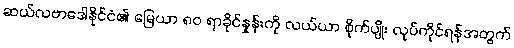
ဆယ်လဗာဒေါနိုင်ငံ၏ မြေယာ ၈၀ ရာခိုင်နှုန်းကို လယ်ယာ စိုက်ပျိုး လုပ်ကိုင်ရန်အတွက်